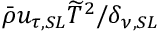
\bar { \rho } u _ { \tau , S L } \widetilde { T } ^ { 2 } / \delta _ { \nu , S L }